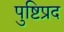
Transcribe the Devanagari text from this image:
पुष्टिप्रद